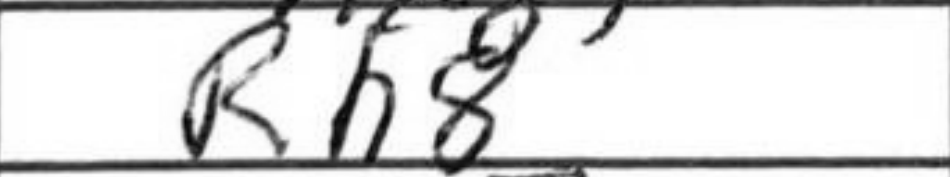
Transcription: Rh8